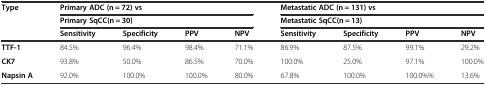
<table><thead><tr><td rowspan="3"><b>Type</b></td><td colspan="4"><b>Primary ADC (n = 72) vs</b></td><td colspan="4"><b>Metastatic ADC (n = 131) vs</b></td></tr><tr><td colspan="4"><b>Primary SqCC(n = 30)</b></td><td colspan="4"><b>Metastatic SqCC(n = 13)</b></td></tr><tr><td><b>Sensitivity</b></td><td><b>Specificity</b></td><td><b>PPV</b></td><td><b>NPV</b></td><td><b>Sensitivity</b></td><td><b>Specificity</b></td><td><b>PPV</b></td><td><b>NPV</b></td></tr></thead><tbody><tr><td><b>TTF-1</b></td><td>84.5%</td><td>96.4%</td><td>98.4%</td><td>71.1%</td><td>86.9%</td><td>87.5%</td><td>99.1%</td><td>29.2%</td></tr><tr><td><b>CK7</b></td><td>93.8%</td><td>50.0%</td><td>86.5%</td><td>70.0%</td><td>100.0%</td><td>25.0%</td><td>97.1%</td><td>100.0%</td></tr><tr><td><b>Napsin A</b></td><td>92.0%</td><td>100.0%</td><td>100.0%</td><td>80.0%</td><td>67.8%</td><td>100.0%</td><td>100.0%%</td><td>13.6%</td></tr></tbody></table>